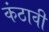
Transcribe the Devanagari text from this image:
कंठावी